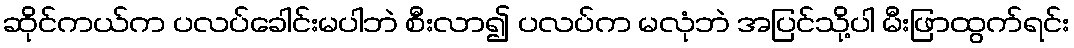
ဆိုင်ကယ်က ပလပ်ခေါင်းမပါဘဲ စီးလာ၍ ပလပ်က မလုံဘဲ အပြင်သို့ပါ မီးဖြာထွက်ရင်း